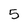
Character: 5